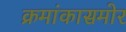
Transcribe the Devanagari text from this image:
क्रमांकासमोर